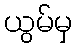
ယွမ်မှ